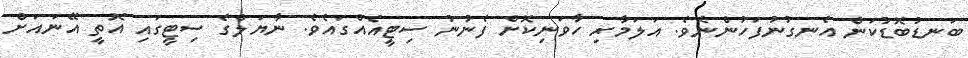
ބަނޑުބޮޑުކަން އެނގުނުފަހުންނެވެ. އަލަމާރި ހާވަނިކޮށް ފެނުނު ސިޓީއެއްގައެވެ. ނާޔަލްގެ ސިޓީގައި އޮތީ އޭނައަށް